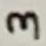
Text: 3